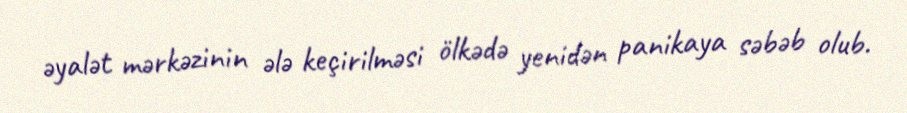
əyalət mərkəzinin ələ keçirilməsi ölkədə yenidən panikaya səbəb olub.